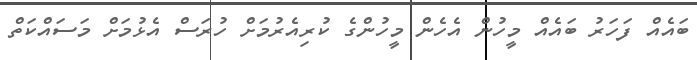
ބައެއް ފަހަރު ބައެެއް މީހުން އެހެން މީހުންގެ ކުރިއެރުމަށް ހުރަސް އެޅުމަށް މަސައްކަތް